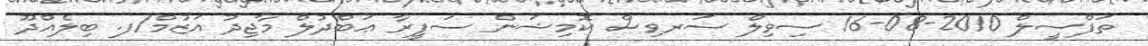
ތަފްސީލް 2010-08-16 ސިވިލް ސަރވިސް ކޮމިޝަން ސަފީރާ ޢަބްދުލް މާޖިދު އަޒުމް/ފ. ބިލެއްދޫ